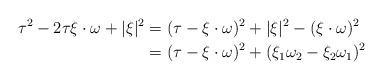
LaTeX: \begin{align*}\tau^2 - 2 \tau \xi \cdot \omega + |\xi|^2&= (\tau - \xi \cdot \omega)^2 + |\xi|^2 - (\xi \cdot \omega)^2 \\&= (\tau - \xi \cdot \omega)^2 + (\xi_1 \omega_2 - \xi_2 \omega_1)^2\end{align*}